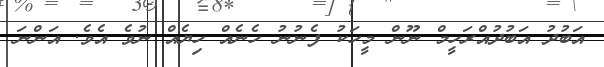
އަބުދު އަބުދުއްރަހީމް ނޫން މީހަކު ފެނުނު ހެނެެއް ހިޔެއް ނުވެ އެވެ. އަންނަ